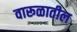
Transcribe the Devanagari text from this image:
वारूळातील